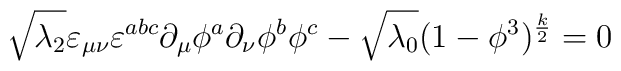
\sqrt{\lambda_2}\varepsilon_{\mu \nu} \varepsilon^{abc} \partial_{\mu}\phi^a \partial_{\nu} \phi^b \phi^c -\sqrt{\lambda_0}(1-\phi^3)^{\frac{k}{2}} = 0